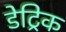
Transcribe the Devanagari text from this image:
डेट्रिक